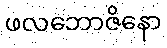
ဖလဘောဇိနော